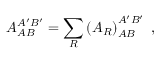
{ \cal A } _ { A B } ^ { A ^ { \prime } B ^ { \prime } } = \sum _ { { \cal R } } \left( { \cal A } _ { { \cal R } } \right) _ { A B } ^ { A ^ { \prime } B ^ { \prime } } \mathrm { \ , }